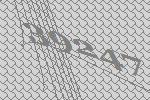
39247